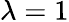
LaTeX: \lambda=1